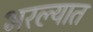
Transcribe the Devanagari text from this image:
भरल्यात